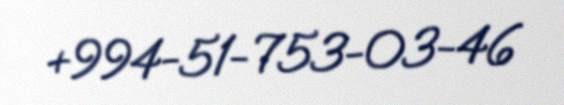
+994-51-753-03-46